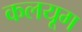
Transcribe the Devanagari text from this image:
कलयूग